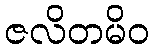
ဇလိတမိဝ